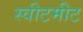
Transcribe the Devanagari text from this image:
स्वीटमीट